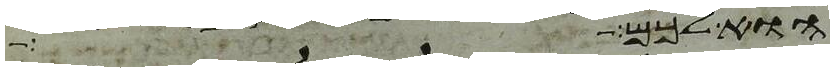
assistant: הוא לכם